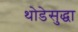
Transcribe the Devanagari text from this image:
थोडेसुद्धा